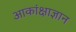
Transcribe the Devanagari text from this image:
आकांक्षाज्ञान